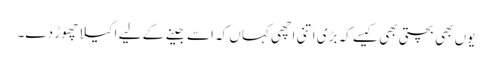
یوں بھی بچتی بھی کیسے کہ بڑی اتنی اچھی کہاں کہ اسے جینے کے لیے اکیلا چھوڑ دے۔